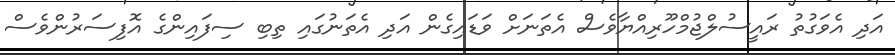
އަދި އެވަގުތު ރައީސުލްޖުމްހޫރިއްޔާވެސް އެތަނަށް ވަޑައިގެން އަދި އެތަނުގައި ތިބި ސިފައިންގެ އޮފިސަރުންވެސް